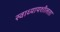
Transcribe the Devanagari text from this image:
स्वाध्यायशीलता